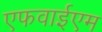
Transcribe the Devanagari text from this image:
एफवाईएम